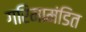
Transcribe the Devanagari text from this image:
गरिमामंडित